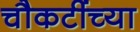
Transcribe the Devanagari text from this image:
चौकटींच्या